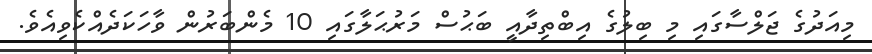
މިއަދުގެ ޖަލްސާގައި މި ބިލުގެ އިބްތިދާއީ ބަޙުސް މަރުޙަލާގައި 10 މެންބަރުން ވާހަކަދެއްކެވިއެވެ.